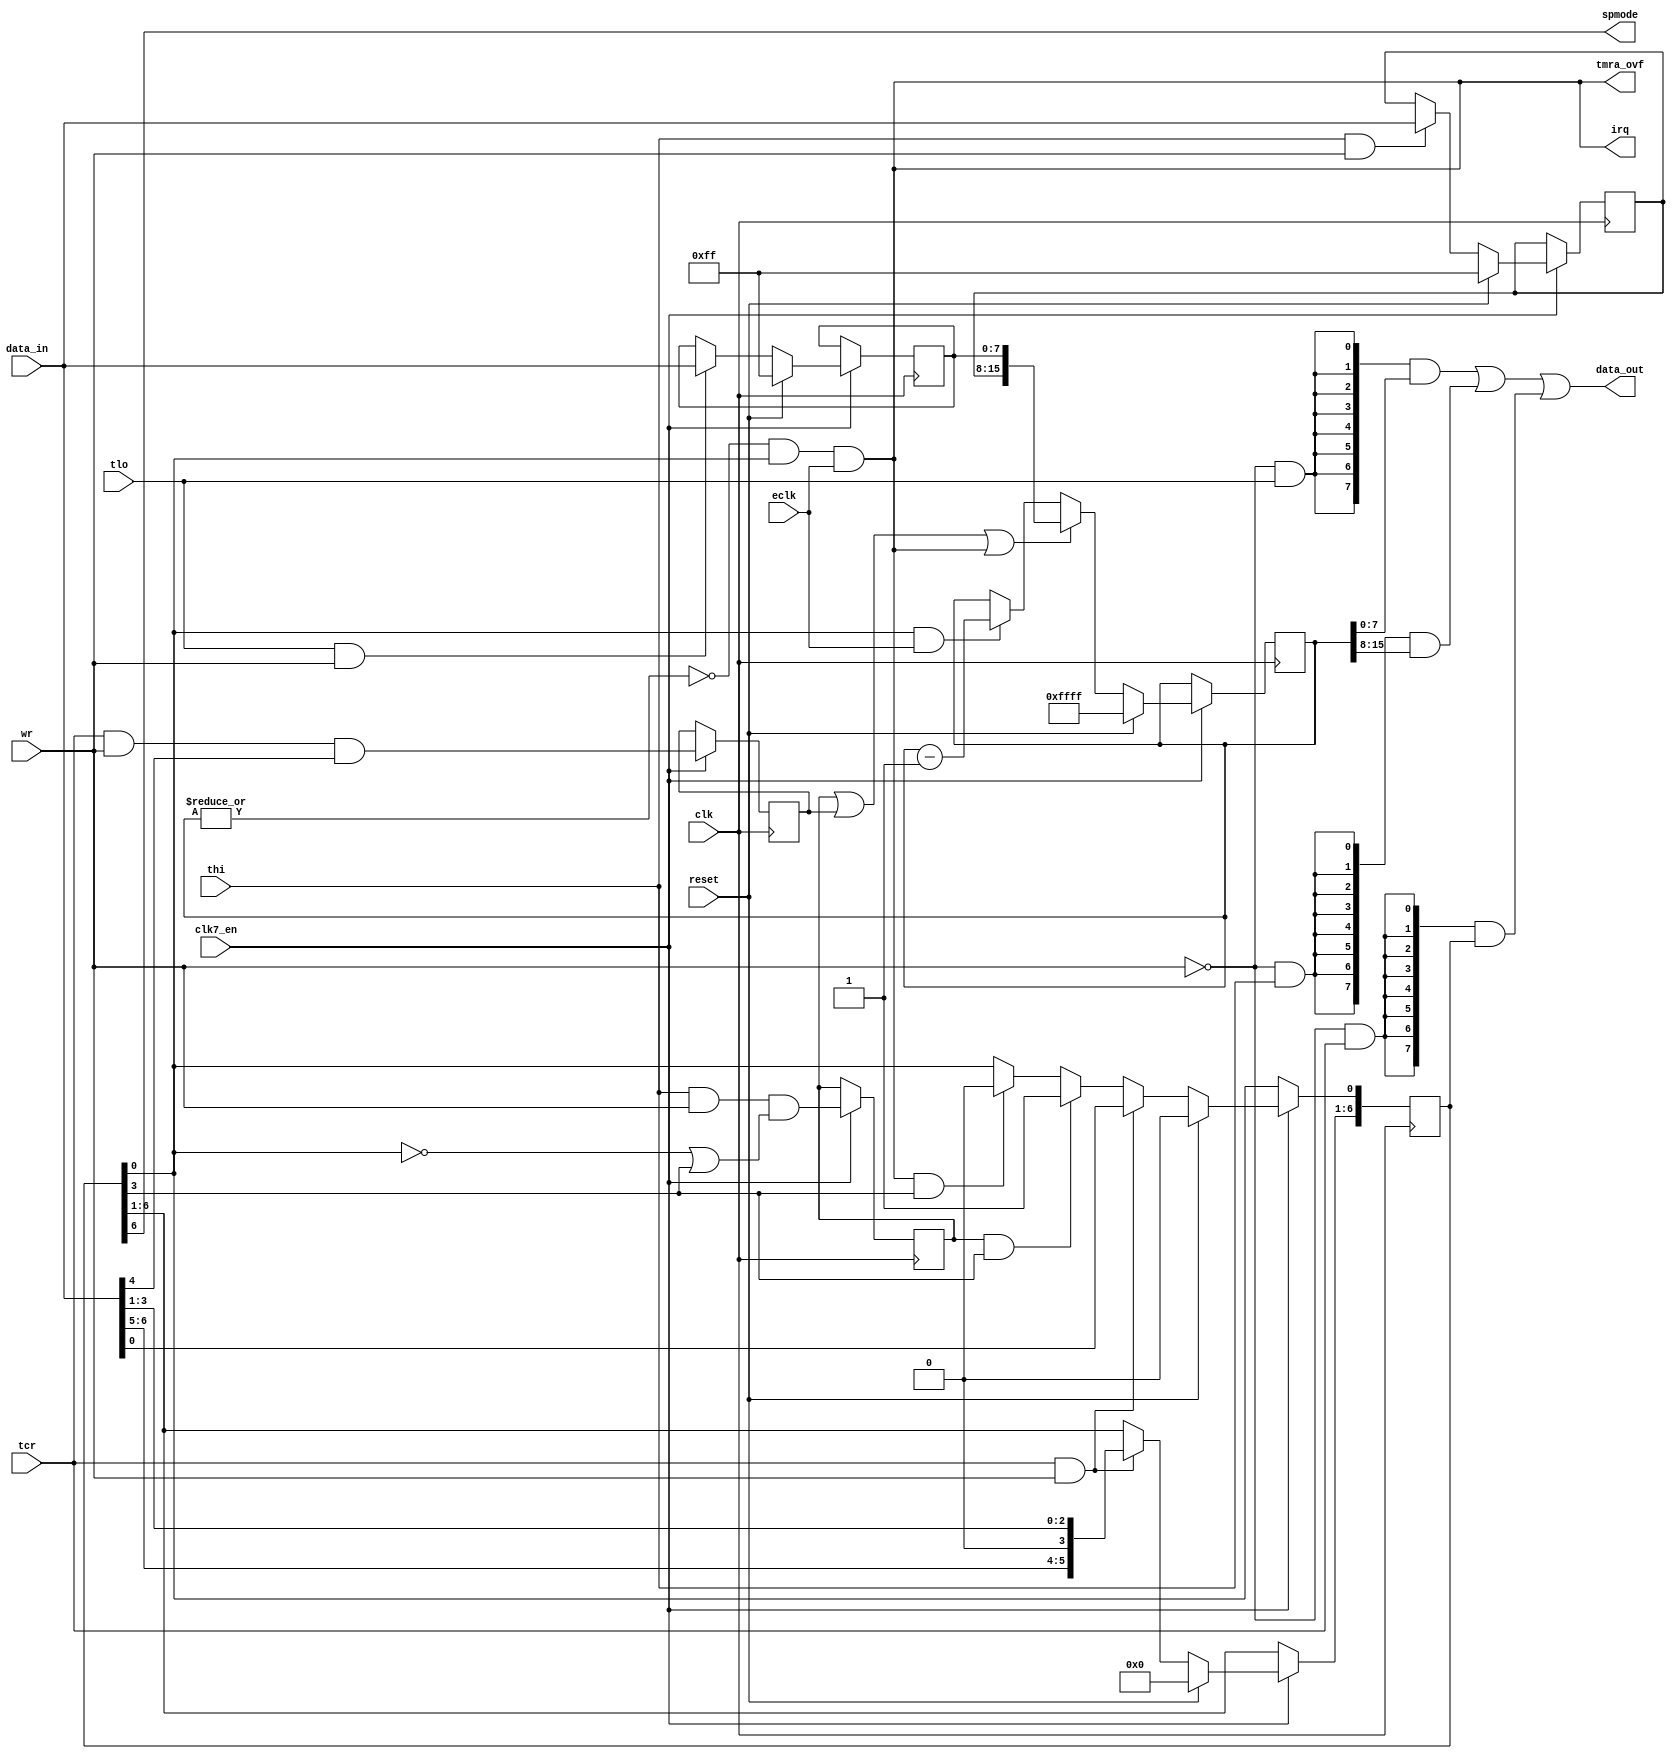
module cia_timera
(
  input   clk,            
  input clk7_en,
  input  wr,            
  input   reset,           
  input   tlo,          
  input  thi,           
  input  tcr,          
  input   [7:0] data_in,      
  output   [7:0] data_out,      
  input  eclk,            
  output  tmra_ovf,        
  output  spmode,          
  output  irq            
);
reg    [15:0] tmr;        
reg    [7:0] tmlh;        
reg    [7:0] tmll;        
reg    [6:0] tmcr;        
reg    forceload;        
wire  oneshot;        
wire  start;          
reg    thi_load;          
wire  reload;          
wire  zero;          
wire  underflow;        
wire  count;          
assign count = eclk;
always @(posedge clk)
  if (clk7_en) begin
    if (reset)  
      tmcr[6:0] <= 7'd0;
    else if (tcr && wr)  
      tmcr[6:0] <= {data_in[6:5],1'b0,data_in[3:0]};
    else if (thi_load && oneshot)  
      tmcr[0] <= 1'd1;
    else if (underflow && oneshot) 
      tmcr[0] <= 1'd0;
  end
always @(posedge clk)
  if (clk7_en) begin
    forceload <= tcr & wr & data_in[4];  
  end
assign oneshot = tmcr[3];    
assign start = tmcr[0];      
assign spmode = tmcr[6];    
always @(posedge clk)
  if (clk7_en) begin
    if (reset)
      tmll[7:0] <= 8'b1111_1111;
    else if (tlo && wr)
      tmll[7:0] <= data_in[7:0];
  end
always @(posedge clk)
  if (clk7_en) begin
    if (reset)
      tmlh[7:0] <= 8'b1111_1111;
    else if (thi && wr)
      tmlh[7:0] <= data_in[7:0];
  end
always @(posedge clk)
  if (clk7_en) begin
    thi_load <= thi & wr & (~start | oneshot);
  end
assign reload = thi_load | forceload | underflow;
always @(posedge clk)
  if (clk7_en) begin
    if (reset)
      tmr[15:0] <= 16'hFF_FF;
    else if (reload)
      tmr[15:0] <= {tmlh[7:0],tmll[7:0]};
    else if (start && count)
      tmr[15:0] <= tmr[15:0] - 16'd1;
  end
assign zero = ~|tmr;
assign underflow = zero & start & count;
assign tmra_ovf = underflow;
assign irq = underflow;
assign data_out[7:0] = ({8{~wr&tlo}} & tmr[7:0])
          | ({8{~wr&thi}} & tmr[15:8])
          | ({8{~wr&tcr}} & {1'b0,tmcr[6:0]});
endmodule